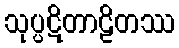
သုပ္ပဋိတာဠိတဿ